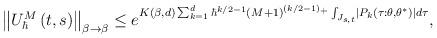
LaTeX: \begin{align*}\left\Vert U_{\hbar}^{M}\left( t,s\right) \right\Vert _{\beta\rightarrow\beta}\leq e^{K\left( \beta,d\right) \sum_{k=1}^{d}\hbar^{k/2-1}\left(M+1\right) ^{\left( k/2-1\right) _{+}}\int_{J_{s,t}}\left\vert P_{k}\left(\tau:\theta,\theta^{\ast}\right) \right\vert d\tau}, \end{align*}